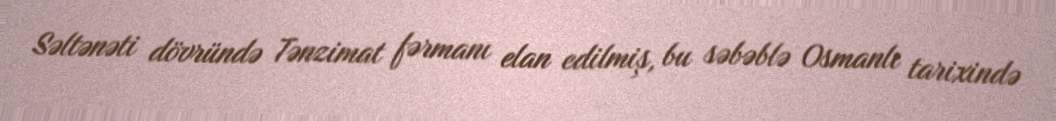
Səltənəti dövründə Tənzimat fərmanı elan edilmiş, bu səbəblə Osmanlı tarixində